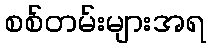
စစ်တမ်းများအရ